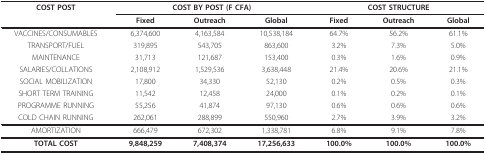
| COST POST | <COLSPAN=3> COST BY POST (F CFA) | <COLSPAN=3> COST STRUCTURE |
 |  | Fixed | Outreach | Global | Fixed | Outreach | Global |
 | --- | --- | --- | --- | --- | --- | --- |
 | VACCINES/CONSUMABLES | 6,374,600 | 4,163,584 | 10,538,184 | 64.7% | 56.2% | 61.1% |
 | TRANSPORT/FUEL | 319,895 | 543,705 | 863,600 | 3.2% | 7.3% | 5.0% |
 | MAINTENANCE | 31,713 | 121,687 | 153,400 | 0.3% | 1.6% | 0.9% |
 | SALARIES/COLLATIONS | 2,108,912 | 1,529,536 | 3,638,448 | 21.4% | 20.6% | 21.1% |
 | SOCIAL MOBILIZATION | 17,800 | 34,330 | 52,130 | 0.2% | 0.5% | 0.3% |
 | SHORT TERM TRAINING | 11,542 | 12,458 | 24,000 | 0.1% | 0.2% | 0.1% |
 | PROGRAMME RUNNING | 55,256 | 41,874 | 97,130 | 0.6% | 0.6% | 0.6% |
 | COLD CHAIN RUNNING | 262,061 | 288,899 | 550,960 | 2.7% | 3.9% | 3.2% |
 | AMORTIZATION | 666,479 | 672,302 | 1,338,781 | 6.8% | 9.1% | 7.8% |
 | TOTAL COST | 9,848,259 | 7,408,374 | 17,256,633 | 100.0% | 100.0% | 100.0% |